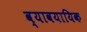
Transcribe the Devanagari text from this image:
व्‍यावयायिक